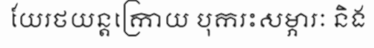
យែរថយន្តក្រោយ បុករះសម្ភារៈ និង